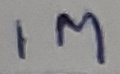
Text: 1M